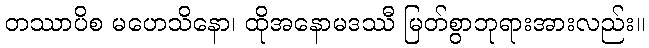
တဿာပိစ မဟေသိနော၊ ထိုအနောမဒဿီ မြတ်စွာဘုရားအားလည်း။